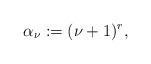
LaTeX: \begin{align*}\alpha_\nu := (\nu+1)^r,\end{align*}